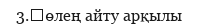
3.	өлең айту арқылы